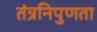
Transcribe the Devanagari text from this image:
तंत्रनिपुणता